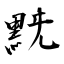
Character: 黖